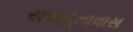
રાજદૂતાવાસ